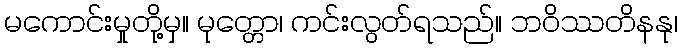
မကောင်းမှုတို့မှ။ မုတ္တော၊ ကင်းလွတ်ရသည်။ ဘဝိဿတိနနု၊